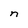
Character: n